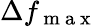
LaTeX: \Delta f_{\mathrm{~m~a~x~}}